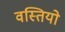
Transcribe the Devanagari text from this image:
वस्तियो